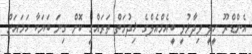
އެންޑްރޫ ހީލީ ވިދާޅުވީ ބީއެމްއެލްގެ ޚިދުމަތް ތަރައްގީ ކޮށް ގިނަ ބަޔަކާ ހަމައަށް